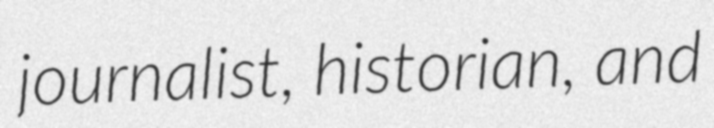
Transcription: journalist, historian, and